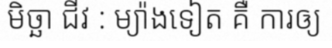
មិច្ឆា ជីវ : ម្យ៉ាងទៀត គឺ ការឲ្យ